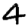
Digit: 4